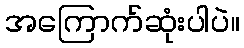
အကြောက်ဆုံးပါပဲ။